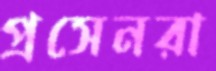
প্রসেনরা